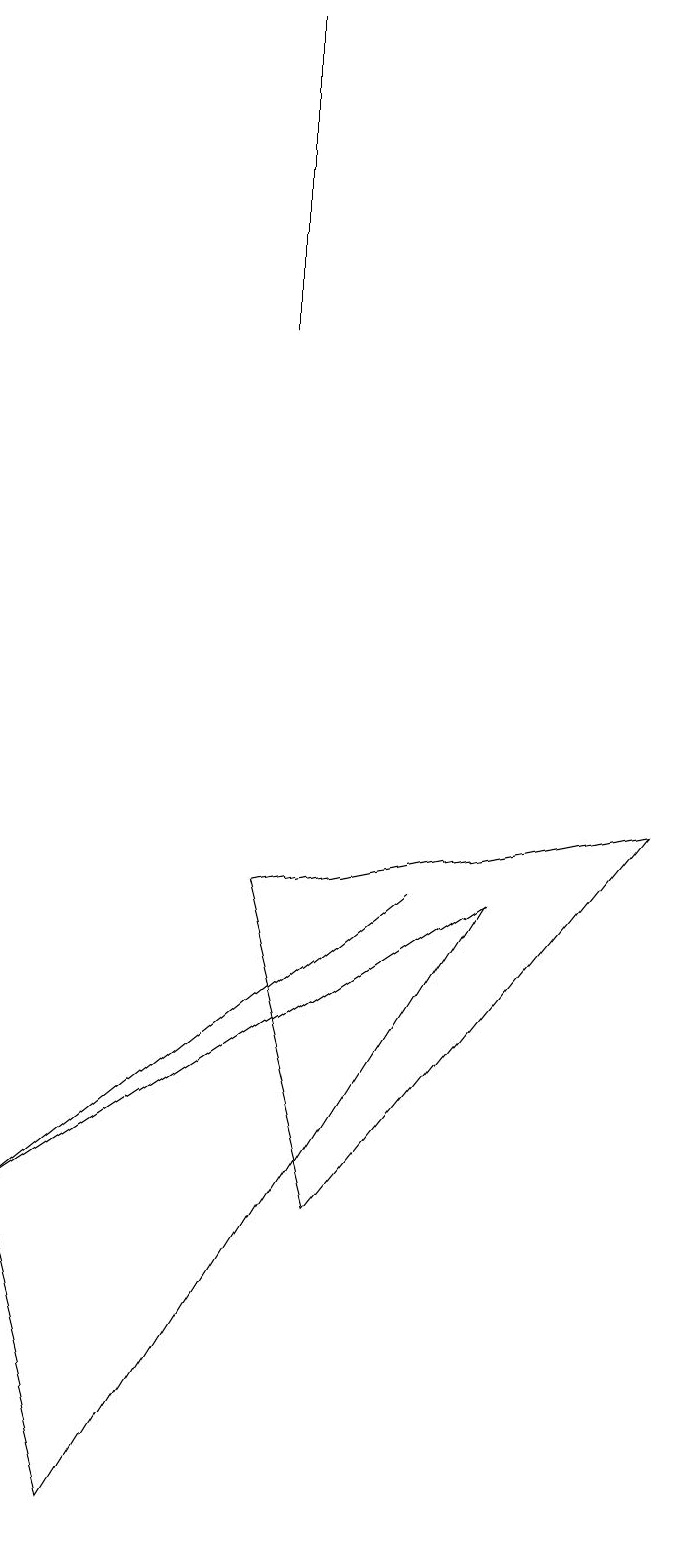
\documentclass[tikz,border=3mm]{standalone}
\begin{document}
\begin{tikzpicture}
\draw (0,4) -- (5,8) -- (5,8) -- cycle;
\draw (3,15) rectangle (3,19);
\draw (1,0) -- (6,8) -- (0,4) -- cycle;
\draw (3,8) -- (4,4) -- (8,9) -- cycle;
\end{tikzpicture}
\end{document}